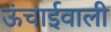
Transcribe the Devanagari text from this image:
ऊंचाईवाली